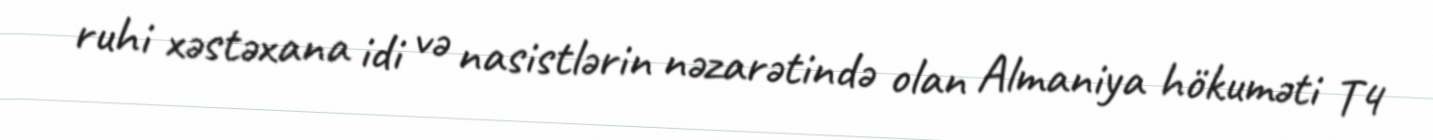
ruhi xəstəxana idi və nasistlərin nəzarətində olan Almaniya hökuməti T4